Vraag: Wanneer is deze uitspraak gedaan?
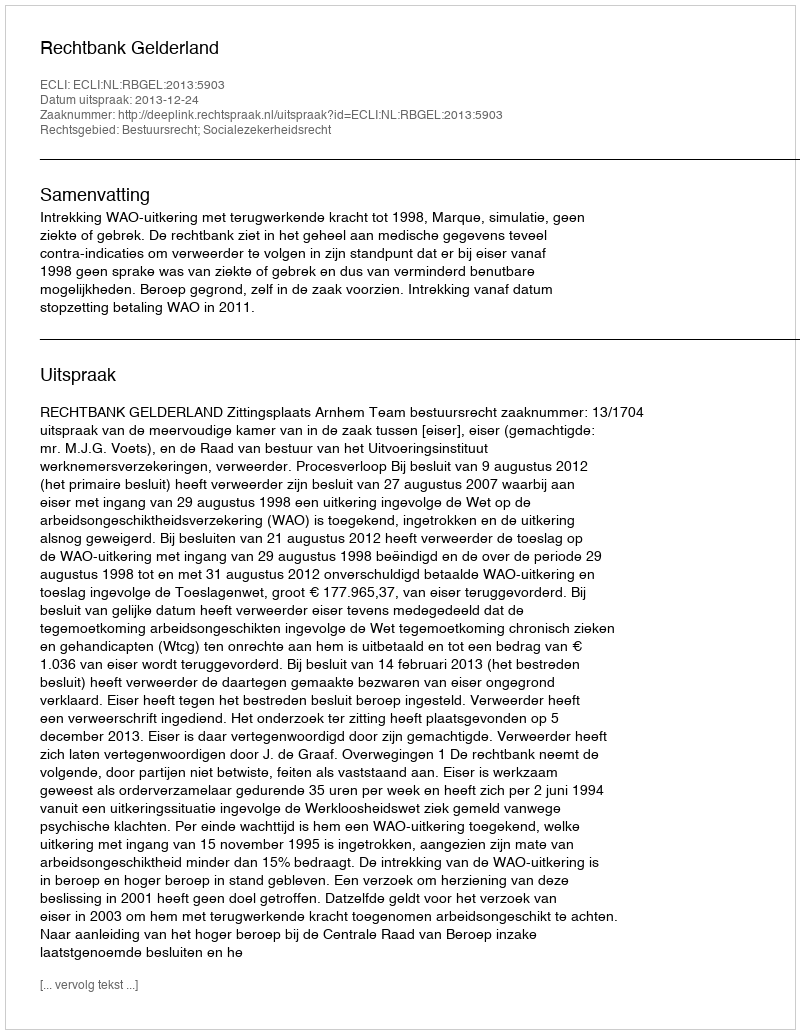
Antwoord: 2013-12-24